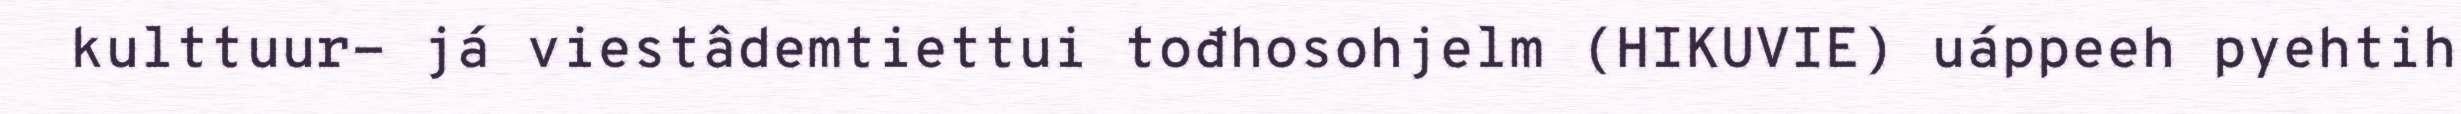
kulttuur- já viestâdemtiettui tođhosohjelm (HIKUVIE) uáppeeh pyehtih